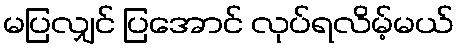
မပြလျှင် ပြအောင် လုပ်ရလိမ့်မယ်